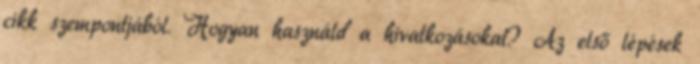
cikk szempontjából. Hogyan használd a hivatkozásokat? Az első lépések